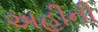
અહીની